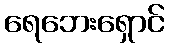
ရေဘေးရှောင်